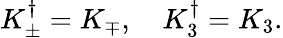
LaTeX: K_{\pm}^{\dagger}=K_{\mp},\quad K_{3}^{\dagger}=K_{3}.